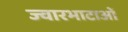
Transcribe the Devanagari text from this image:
ज्वारभाटाओं